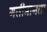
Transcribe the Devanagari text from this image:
गतीमानता